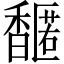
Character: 𬳤